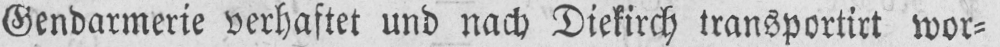
Gendarmerie verhaftet und nach Diekirch transportirt wor⸗